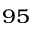
_ { 9 5 }